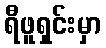
ရီဖူရှင်းမှာ